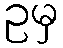
ဥမှ